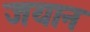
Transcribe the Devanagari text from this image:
जयान